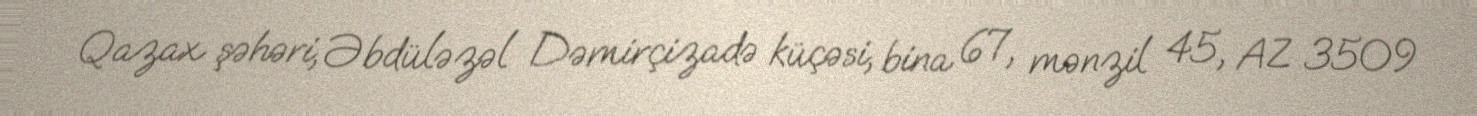
Qazax şəhəri, Əbdüləzəl Dəmirçizadə küçəsi, bina 67, mənzil 45, AZ 3509